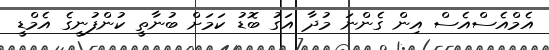
އެމްއެސްއެސް އިން ގެންނަ މުދާ އަގު ބޮޑު ކަމަށް ބުނާތީ ކުންފުނީގެ އެމްޑީ